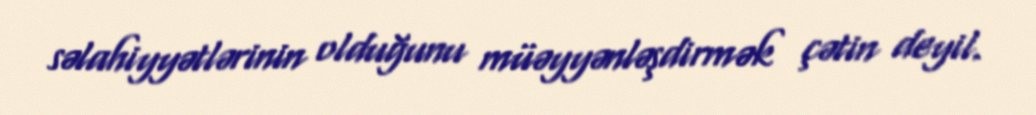
səlahiyyətlərinin olduğunu müəyyənləşdirmək çətin deyil.